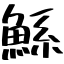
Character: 鯀